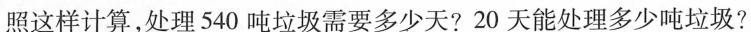
照这样计算，处理540吨垃圾需要多少天?20天能处理多少吨垃圾?